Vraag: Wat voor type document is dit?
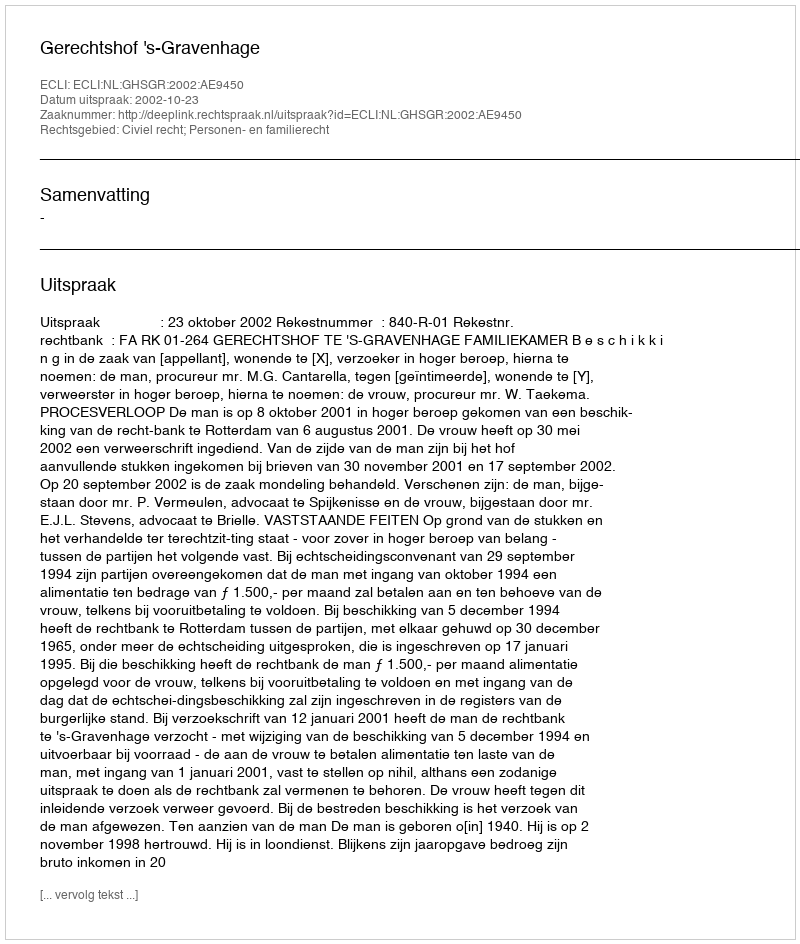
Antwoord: Uitspraak